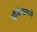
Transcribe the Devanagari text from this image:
सीमेन्समध्ये